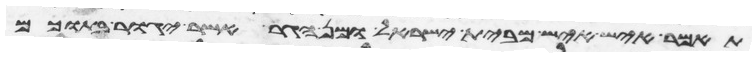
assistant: תאמר איש איש מבית ישראל ומן הגר אשר יגור בתוכם